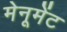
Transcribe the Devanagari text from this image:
मेनूमेंट